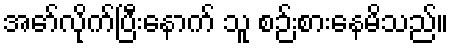
အော်လိုက်ပြီးနောက် သူ စဉ်းစားနေမိသည်။